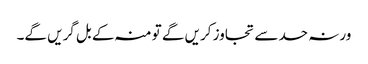
ورنہ حد سے تجاوز کریں گے تو منہ کے بل گریں گے۔